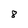
Character: 8